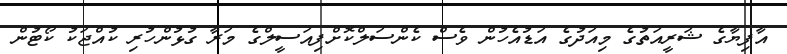
އާފިޔާގެ ޝަރީއަތުގެ މިއަދުގެ އަޑުއެހުން ވެސް ކެންސަލްކޮށްފިއަސީލްގެ މަރާ ގުޅުންހުރި ކުއްޖަކު ކޯޓުން